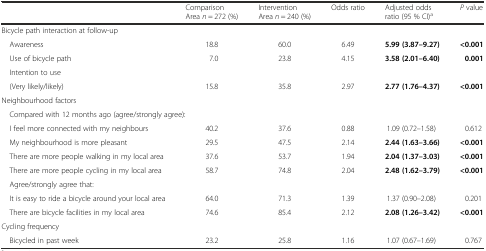
<table><thead><tr><td></td><td><b>Comparison Area <i>n</i> = 272 (%)</b></td><td><b>Intervention Area <i>n</i> = 240 (%)</b></td><td><b>Odds ratio</b></td><td><b>Adjusted odds ratio (95 % CI)<sup>a</sup></b></td><td><b><i>P</i> value</b></td></tr></thead><tbody><tr><td colspan="6">Bicycle path interaction at follow-up</td></tr><tr><td> Awareness</td><td>18.8</td><td>60.0</td><td>6.49</td><td><b>5.99 (3.87–9.27)</b></td><td><b>&lt;0.001</b></td></tr><tr><td> Use of bicycle path</td><td>7.0</td><td>23.8</td><td>4.15</td><td><b>3.58 (2.01–6.40)</b></td><td><b>0.001</b></td></tr><tr><td colspan="6"> Intention to use</td></tr><tr><td> (Very likely/likely)</td><td>15.8</td><td>35.8</td><td>2.97</td><td><b>2.77 (1.76–4.37)</b></td><td><b>&lt;0.001</b></td></tr><tr><td colspan="6">Neighbourhood factors</td></tr><tr><td colspan="6"> Compared with 12 months ago (agree/strongly agree):</td></tr><tr><td> I feel more connected with my neighbours</td><td>40.2</td><td>37.6</td><td>0.88</td><td>1.09 (0.72–1.58)</td><td>0.612</td></tr><tr><td> My neighbourhood is more pleasant</td><td>29.5</td><td>47.5</td><td>2.14</td><td><b>2.44 (1.63–3.66)</b></td><td><b>&lt;0.001</b></td></tr><tr><td> There are more people walking in my local area</td><td>37.6</td><td>53.7</td><td>1.94</td><td><b>2.04 (1.37–3.03)</b></td><td><b>&lt;0.001</b></td></tr><tr><td> There are more people cycling in my local area</td><td>58.7</td><td>74.8</td><td>2.04</td><td><b>2.48 (1.62–3.79)</b></td><td><b>&lt;0.001</b></td></tr><tr><td colspan="6"> Agree/strongly agree that:</td></tr><tr><td> It is easy to ride a bicycle around your local area</td><td>64.0</td><td>71.3</td><td>1.39</td><td>1.37 (0.90–2.08)</td><td>0.201</td></tr><tr><td> There are bicycle facilities in my local area</td><td>74.6</td><td>85.4</td><td>2.12</td><td><b>2.08 (1.26–3.42)</b></td><td><b>&lt;0.001</b></td></tr><tr><td colspan="6">Cycling frequency</td></tr><tr><td> Bicycled in past week</td><td>23.2</td><td>25.8</td><td>1.16</td><td>1.07 (0.67–1.69)</td><td>0.767</td></tr></tbody></table>